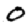
Digit: 0